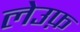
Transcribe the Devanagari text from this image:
लेउफ़